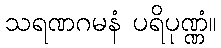
သရဏဂမနံ ပရိပုဏ္ဏံ။